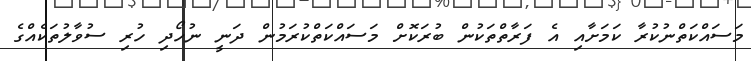
މަސައްކަތްނުކުރާ ކަމަށާއި އެ ފަރާތްތަކުން ބުރަކޮށް މަސައްކަތްކުރަމުން ދަނީ ނުހޯދި ހުރި ސުވާލުތަކެއްގެ